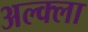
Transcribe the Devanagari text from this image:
अल्क्ला